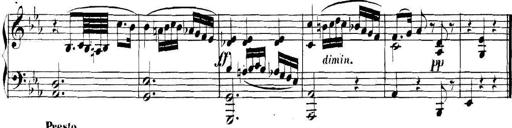
Title: Collected Piano Sonatas
Composer: Muzio Clementi